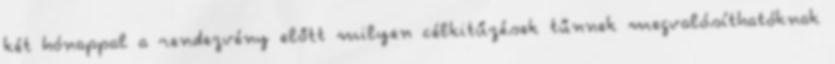
két hónappal a rendezvény előtt milyen célkitűzések tűnnek megvalósíthatóknak